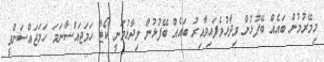
މިމޭރުމުން ބައެއް ބޭފުޅުން ވިދާޅުވެފައިވާއިރު ބައެއް ބޭފުޅުން ވިދާޅުވަނީ ކޯޓާ ހަމަޖައްސާނަމަ ހަމަޖައްސަންވީ